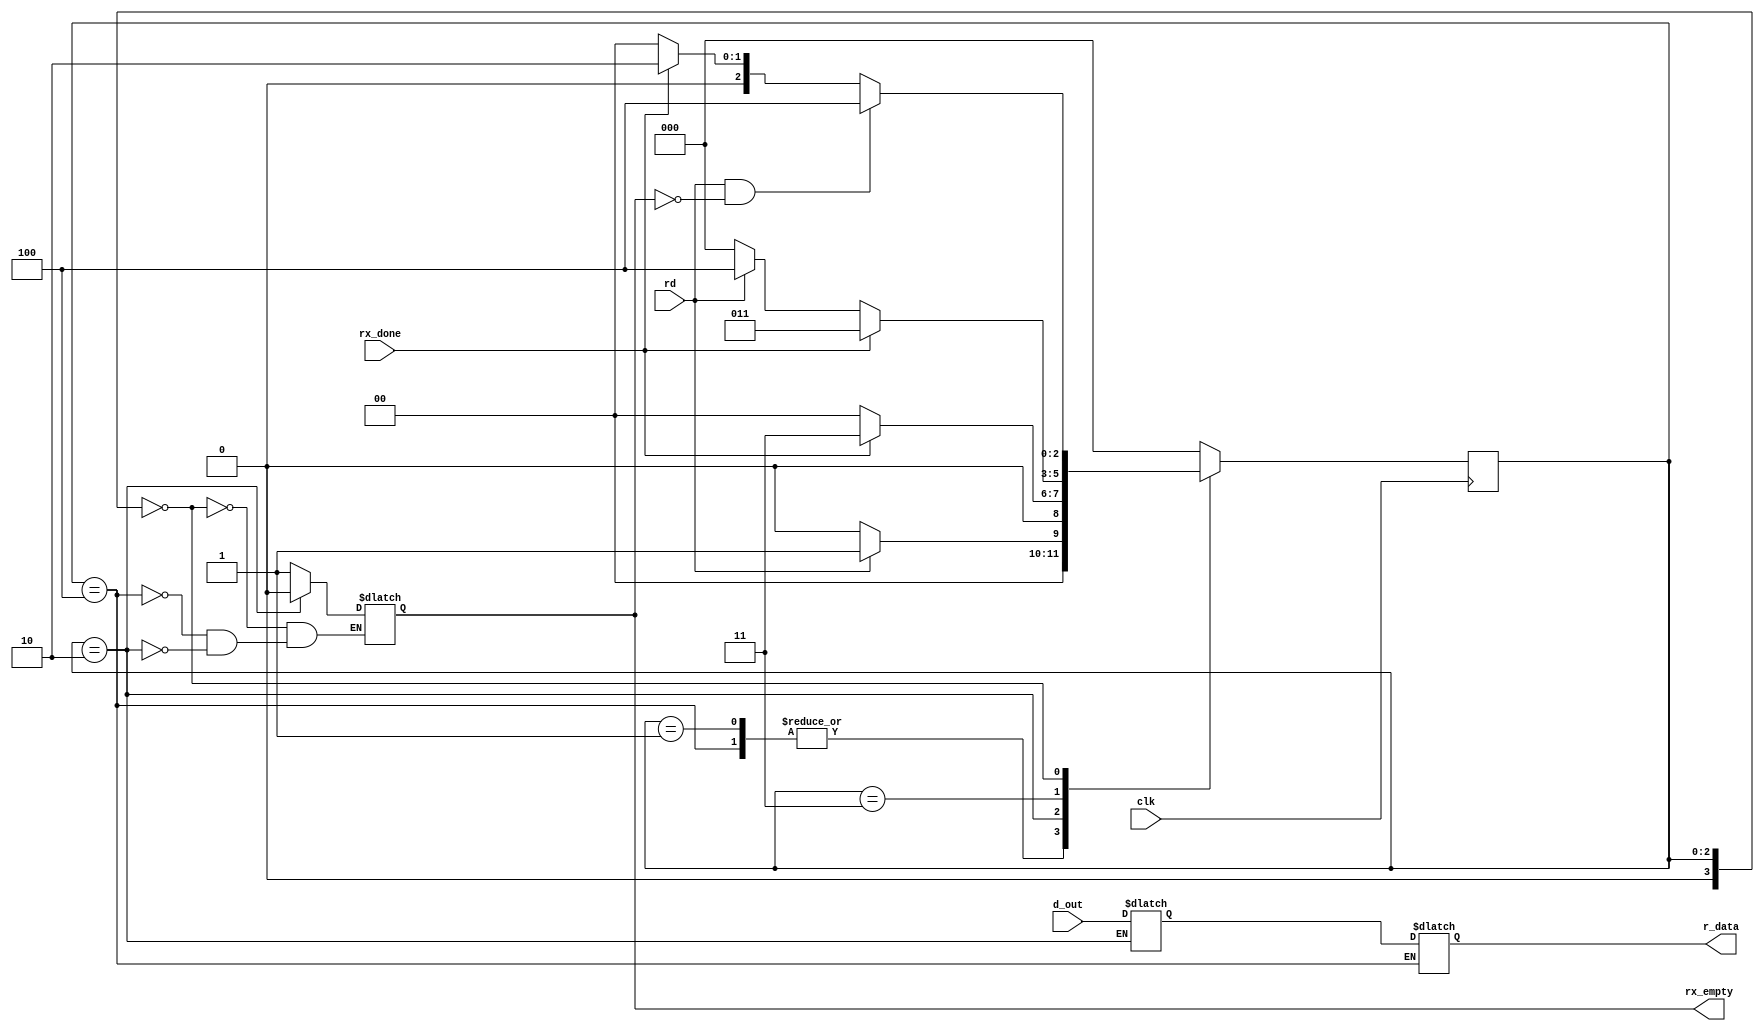
`timescale 1ns / 1ps
/*
//////////////////////////////////////////////////////////////////////////////////
// Company: 
// Engineer: 
// 
// Design Name: 
// Module Name:    UARTFIFORX 
// Project Name: 
// Target Devices: 
// Tool versions: 
// Description: 
	FIFO UART, parameter DB databits of UART,
	parameter size, cantidad de buffers en FIFO. 
	
// Dependencies: 
//
// Revision: 
// Revision 0.01 - File Created
// Additional Comments: 
//
//////////////////////////////////////////////////////////////////////////////////
*/

module fifo_receiver
#(
	parameter DB=8
)
(
	input wire [DB-1:0] d_out,
	input wire rx_done,
	input wire rd,
	output reg [DB-1:0] r_data,
	output reg rx_empty,
	input wire clk
);

//Declaro estados
localparam [3:0] IDLE = 3'b000,
					  ESPERO_A_CPU = 3'b001,
					  RECIBO_DE_RX = 3'b010,
					  ESPERO_A_RX = 3'b011,
					  ENVIO_A_CPU = 3'b100;
					  
//Declaracion de senales (las utilizare para el elemento de memoria por lo tanto son tipo REGISTRO)
reg[3:0] current_state=3'b000;
reg[3:0] next_state=3'b000;					  

				  				
//Stack FIFO.
reg [DB-1:0] stack=0;


always @(posedge clk)
begin
		current_state <= next_state;
end


always @*
	begin
		case(current_state)
			IDLE:
				begin
					rx_empty = 1;
				end
			ENVIO_A_CPU:
				begin
					r_data=stack;
					rx_empty=1;
				end
			RECIBO_DE_RX:
				begin
					stack=d_out;
					rx_empty=0;
				end
		 endcase
	end//always de logica de salida


//Logica de cambio de estado
always @*
	begin
		next_state = IDLE; //En caso de un estado invalido
		case(current_state)
			ENVIO_A_CPU:
				begin
					if(rd==1)
					begin
						next_state=ESPERO_A_CPU;
					end
					else
					begin
						next_state=IDLE;
					end
				end
			ESPERO_A_CPU:
				begin
					if(rd==1)
					begin
						next_state=ESPERO_A_CPU;
					end
					else
					begin
						next_state=IDLE;
					end
				end
			RECIBO_DE_RX:
				begin
					if(rx_done==1)
					begin
						next_state=ESPERO_A_RX;
					end
					else
					begin
						next_state=IDLE;
					end
				end
			ESPERO_A_RX:
				begin
					if(rx_done==1)
					begin
						next_state=ESPERO_A_RX;
					end
					else
					begin
						if(rd==1)
						begin
							next_state=ENVIO_A_CPU;
						end
						else
						begin
							next_state=IDLE;
						end
					end
				end
			IDLE:
				begin
					if(rd==1 && rx_empty==0)
					begin
						next_state=ENVIO_A_CPU;
					end
					else
					begin
						if(rx_done==1)
						begin
							next_state=RECIBO_DE_RX;
						end
						else
						begin
							next_state=IDLE;
						end
					end
				end
		endcase
	end //always de logica cambio de estado

endmodule